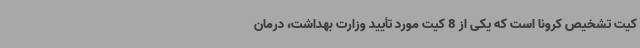
کیت تشخیص کرونا است که یکی از 8 کیت مورد تأیید وزارت بهداشت، درمان